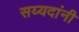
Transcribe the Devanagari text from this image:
सय्यदांनी